65_HS1-834228961_62-HQ-83894_Section_7
Agency: FBI
Page 126
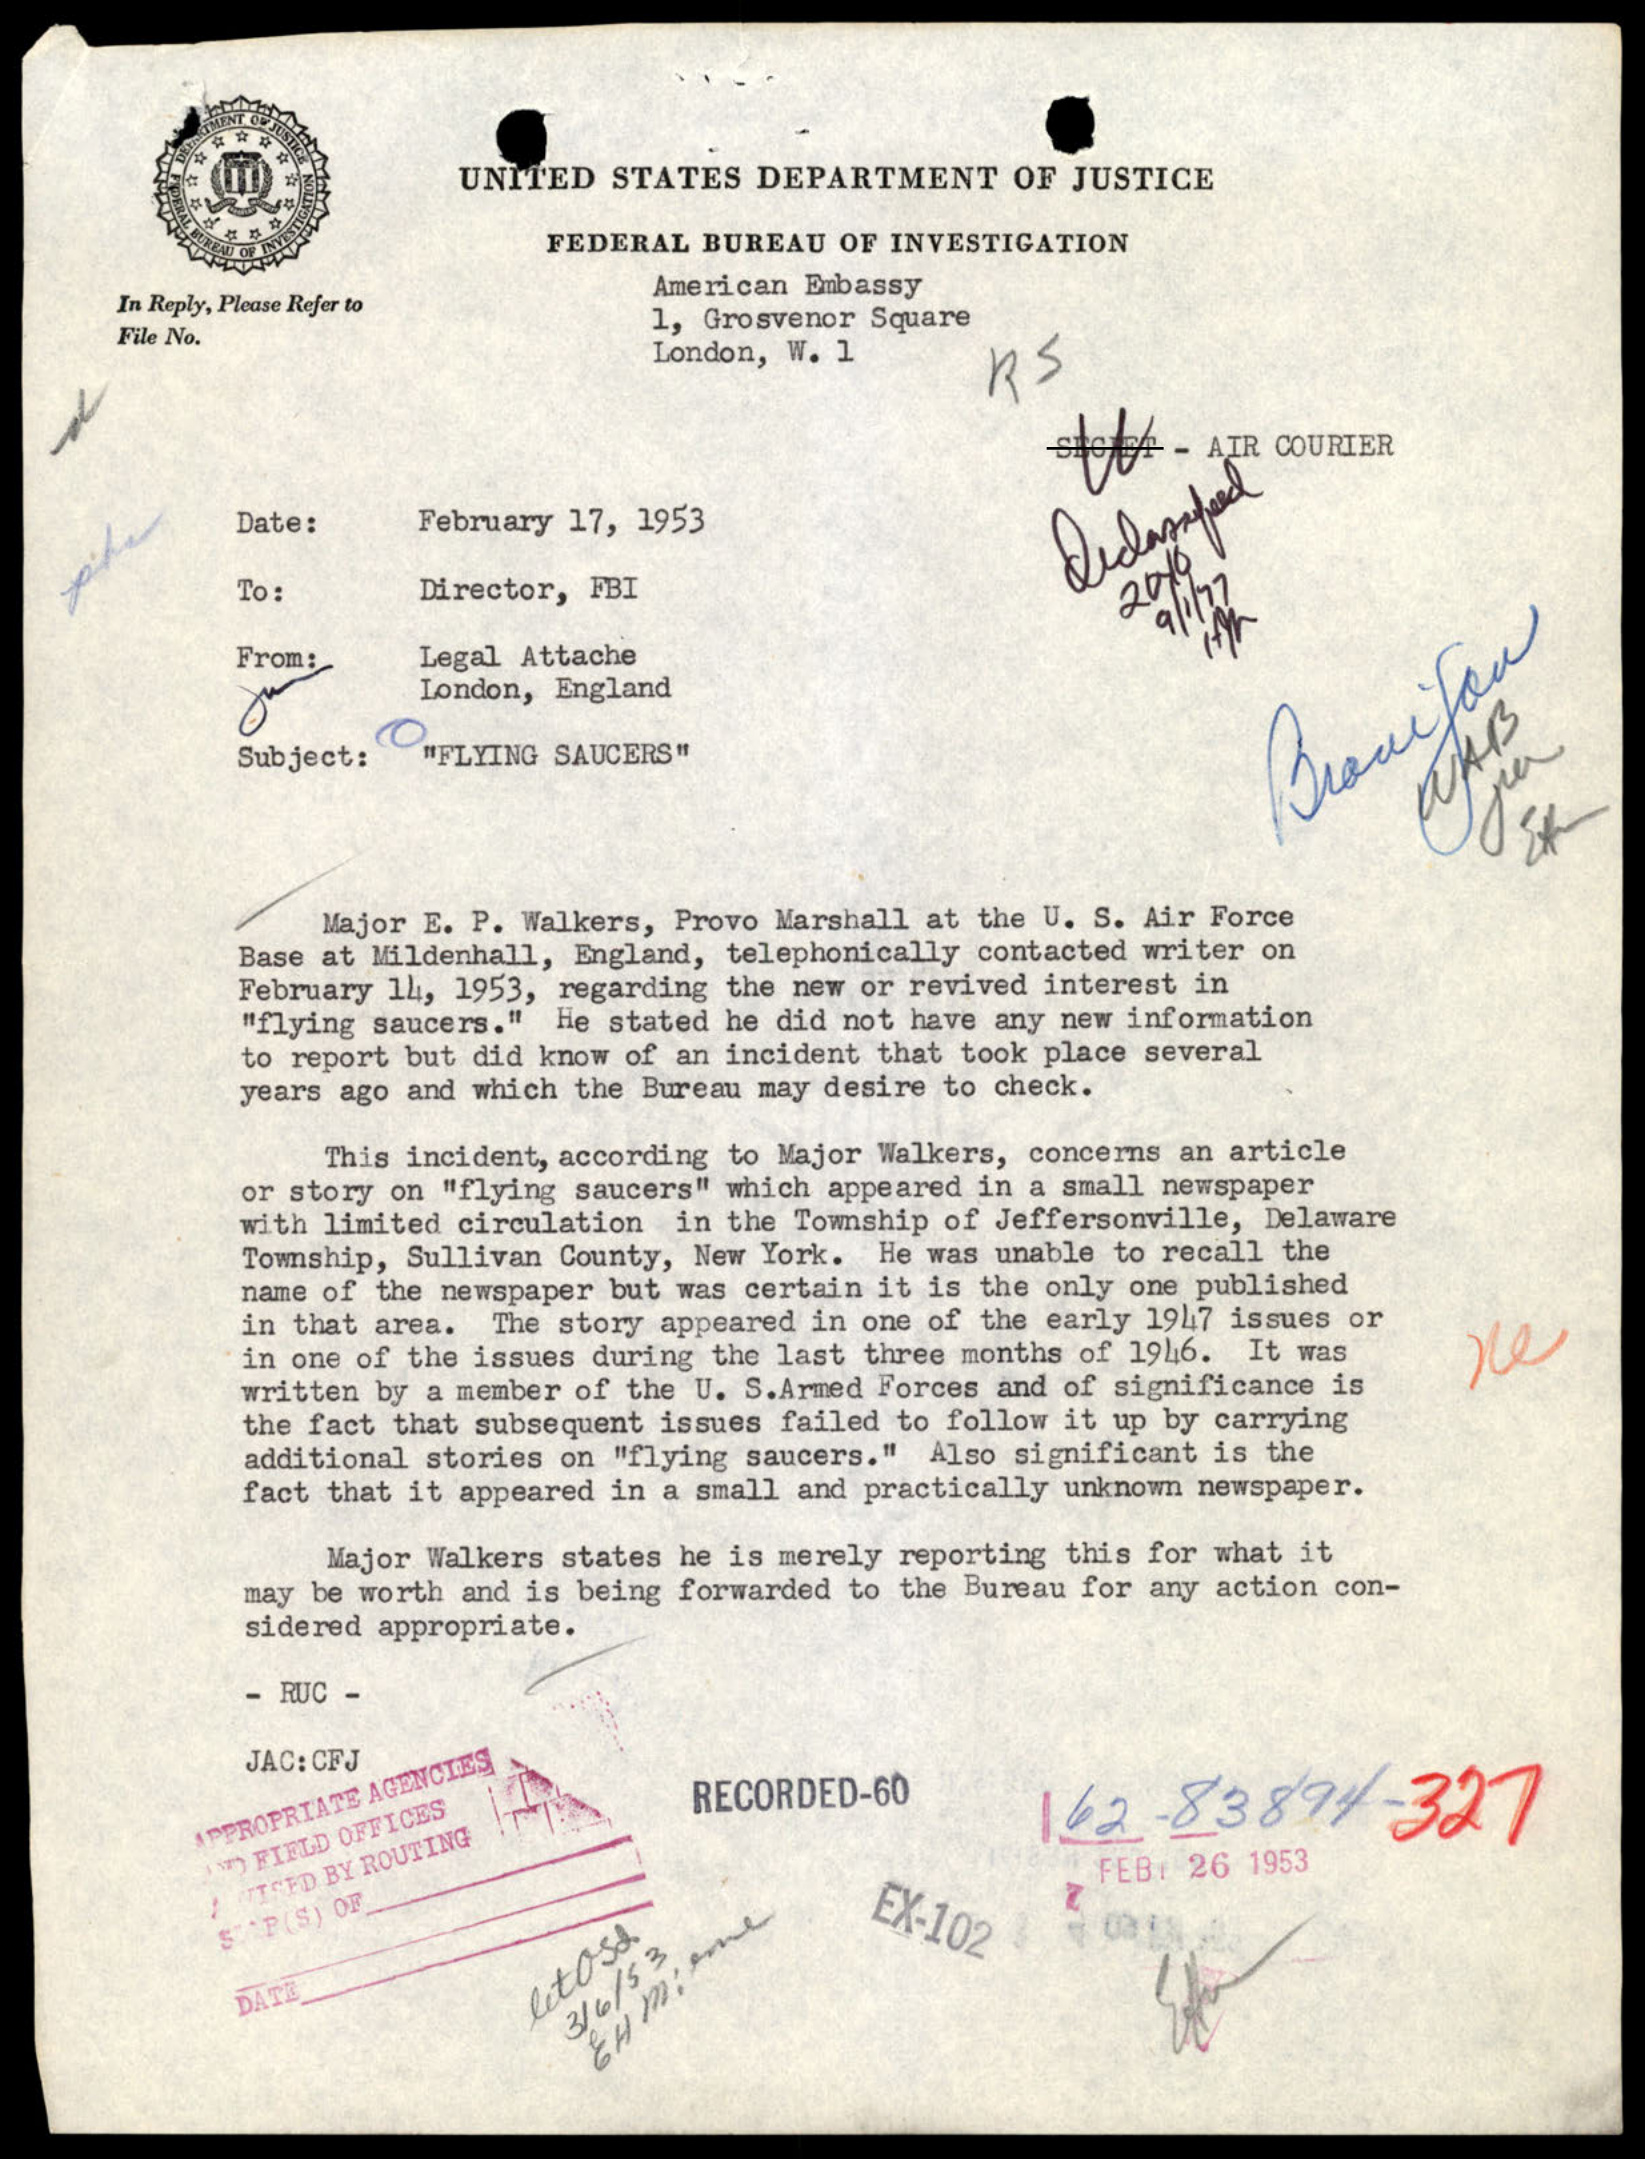